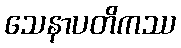
သေနာပတိကဿ